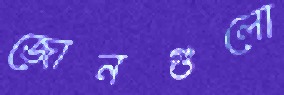
জোনগুলো